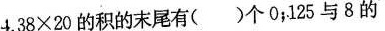
4，3 8 × 2 0 的积的末尾有( )个0；1 2 5与8的